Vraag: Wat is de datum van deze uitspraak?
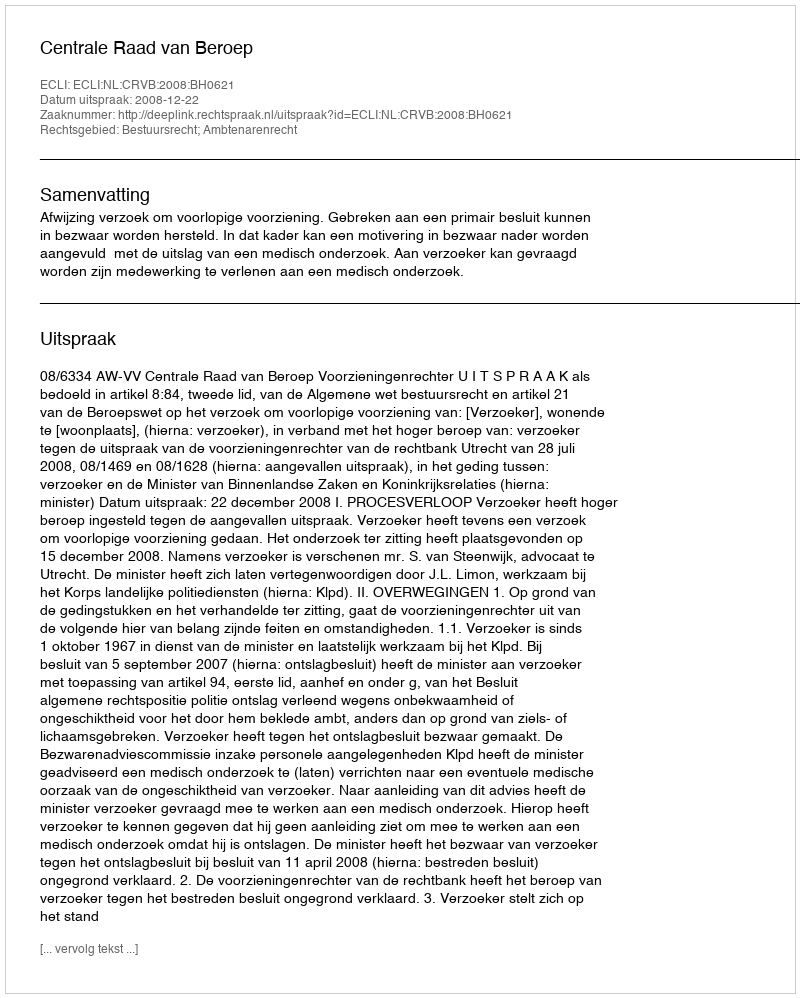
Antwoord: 2008-12-22